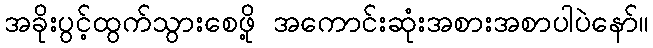
အခိုးပွင့်ထွက်သွားစေဖို့ အကောင်းဆုံးအစားအစာပါပဲနော်။